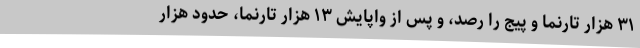
۳۱ هزار تارنما و پیج را رصد، و پس از واپایش ۱۳ هزار تارنما، حدود هزار